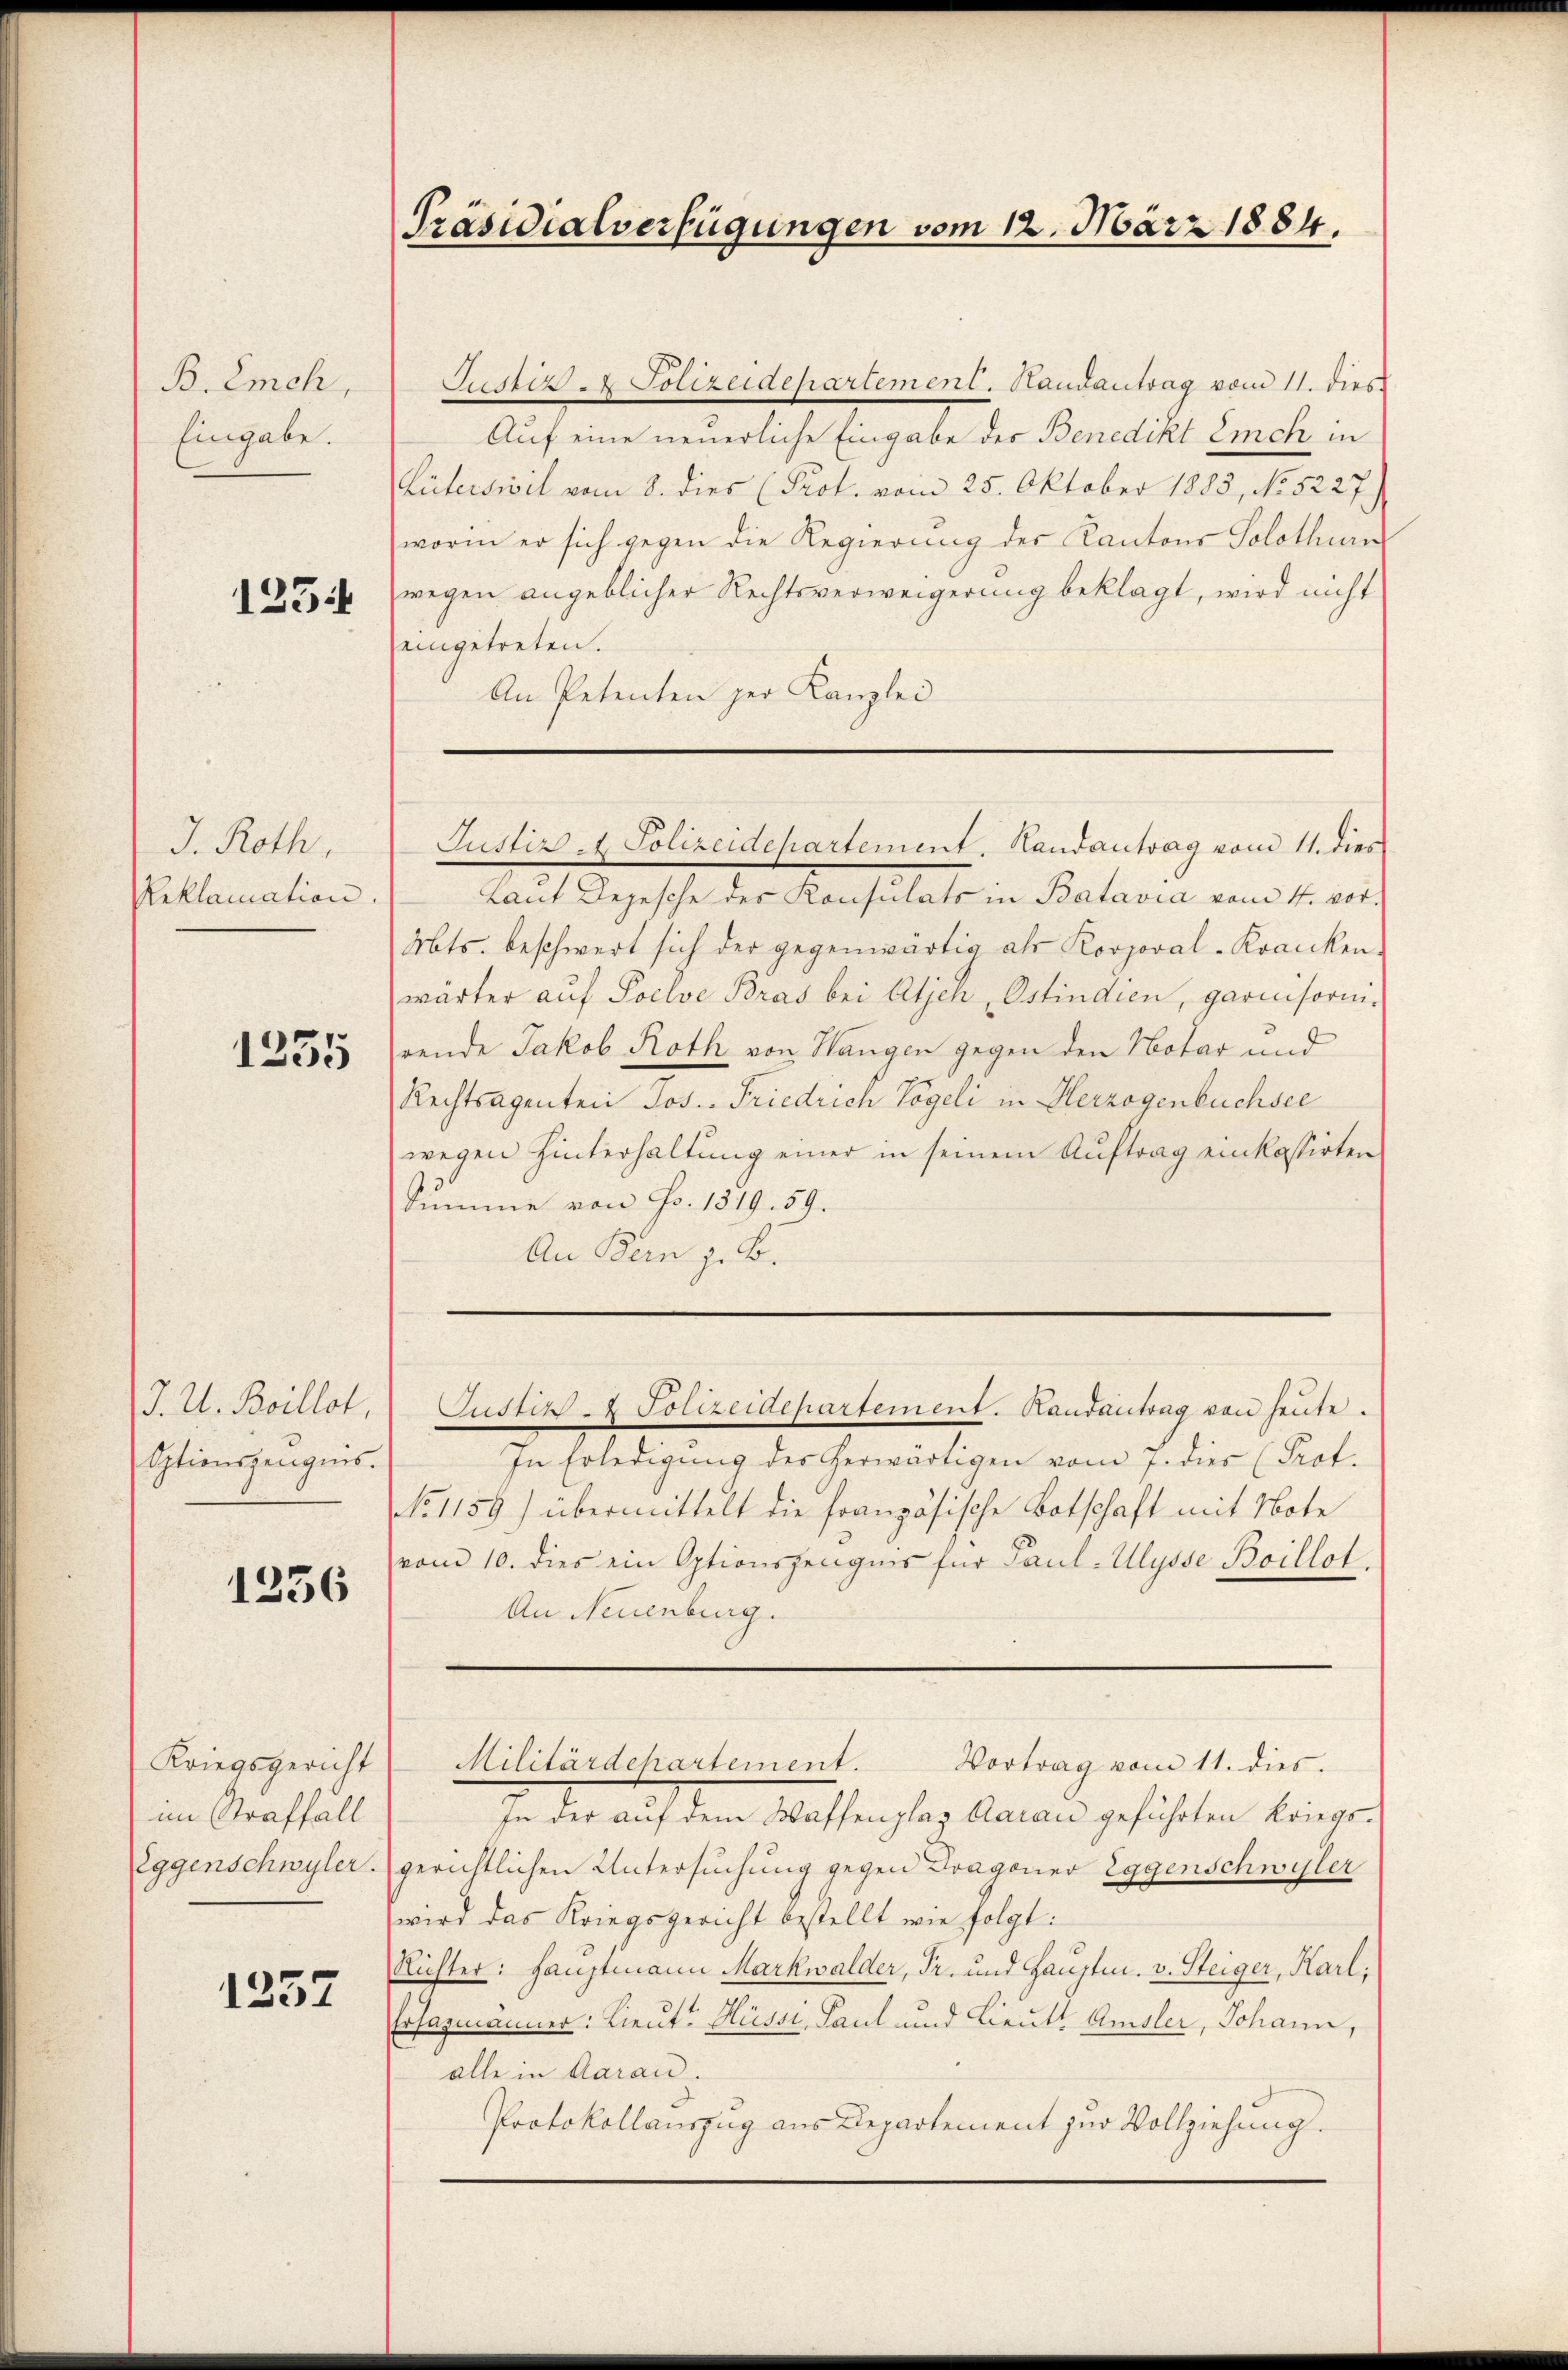
B. Emch,
Eingabe.

1254

J. Roth,
Reklamation

1235

J. U. Boillot,
Sptionszeugnis.

1256

Kriegsgericht
im Straffall
Eggenschwyler.

1257

.

Präsidialverfügungen vom 12. März 1884.

Justiz - Polizeidepartement. Handantrag vom 11. dies
Auf eine neuerliche Eingabe des Benedikt Eich in
Rüterswil vom 8. dies (Prot. vom 25. Oktober 1883, No 5227)
worin er sich gegen die Regierung der Kantons Solothurn
wegen angeblicher Rechtsverweigerung beklagt, wird nicht
eingetreten.
An Petenten zur Kanzlei

Laut Depesche des Konsulats in Batavia vom 4. vor.
Mts. beschwert sich der gegenwärtig als Korporal-Kranken.
wärter aŭf Poclve Bras bei Atjen, Ostindien, garnisorni-
rende Jakob Roth von Hangen gegen den Notar und
Rechtsagenten Jos. Friedrich Vogeli in Herzogenbuchsee
wegen Hinterhaltung einer in seinem Auftrag einkassirten
Summe von Fr. 1319. 59.
An Bern z. B.
Justiz- & Polizeidepartement. Randantrag von heute.
In Erledigung des herwärtigen vom 7. dies (Prot.
No 1159) übermittelt die französische Botschaft mit Note
vom 10. dies ein Optionszeugnis für Paul-Ulysse Boillot.
An Neuenburg.
Militärdehartement. Vortrag vom 11. dies.
In der auf dem Waffenplaz Caran geführten Kriegsgerichtlichen Untersuchung gegen Dragoner Eggenschwyler
wird das Kriegsgericht bestellt wie folgt:
Richter: Hauptmann Markwalder, Fr. und Hauptm. v. Steiger, Karl,
Ersatzmänner: Lieut? Hüssi, Paul und Lieutt Amsler, Johann,
alle in Aarau.
Protokollauszug aus Departement zur Vollziehung.

Justiz - Polizeidepartement. Handantrag vom 11. dies